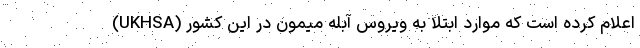
(UKHSA) اعلام کرده است که موارد ابتلا به ویروس آبله میمون در این کشور